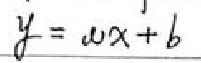
\(y = w x + b\)